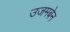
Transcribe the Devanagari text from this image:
उजमबेन